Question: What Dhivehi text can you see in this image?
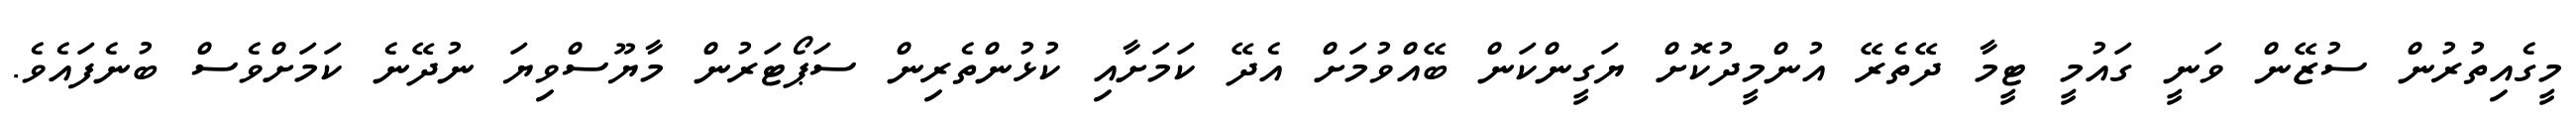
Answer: މީގެއިތުރުން ސުޒޭން ވަނީ ގައުމީ ޓީމާ ދޭތެރޭ އުންމީދުކޮށް ޔަގީންކަން ބޭއްވުމަށް އެދޭ ކަމަށާއި ކުޅުންތެރިން ސަޕޯޓަރުން މާޔޫސްވިޔަ ނުދޭނެ ކަމަށްވެސް ބުނެފައެވެ.